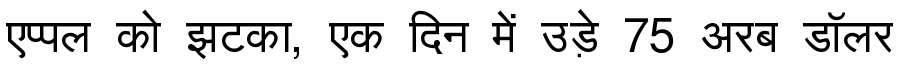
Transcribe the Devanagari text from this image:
एप्पल को झटका, एक दिन में उड़े 75 अरब डॉलर